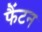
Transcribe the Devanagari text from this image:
फैंटन